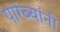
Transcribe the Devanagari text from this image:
पारंब्यांनी